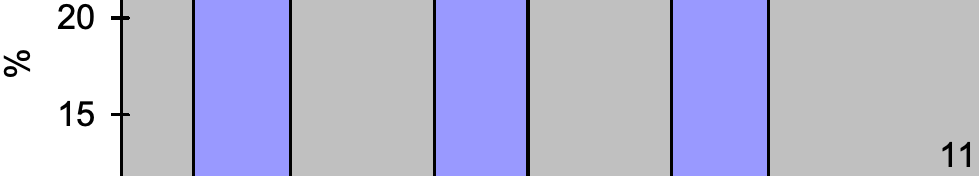
20 % 15 11